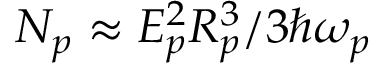
N _ { p } \approx E _ { p } ^ { 2 } R _ { p } ^ { 3 } / 3 \hbar \omega _ { p }